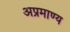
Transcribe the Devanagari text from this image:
अप्रमाण्‍य